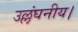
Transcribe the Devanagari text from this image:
उल्लंघनीय।